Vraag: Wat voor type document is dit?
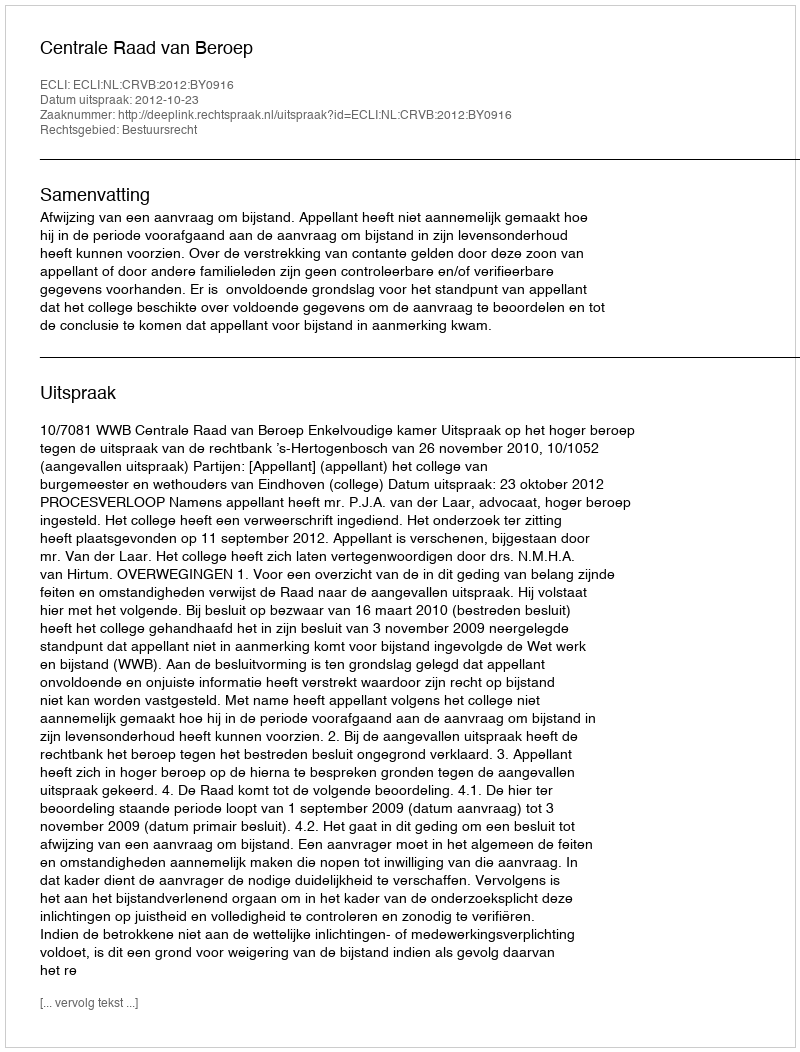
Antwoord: Uitspraak